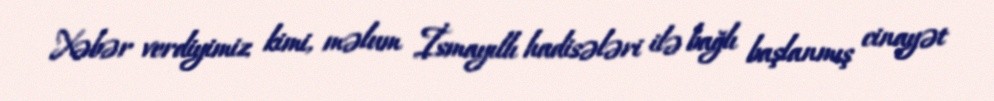
Xəbər verdiyimiz kimi, məlum İsmayıllı hadisələri ilə bağlı başlanmış cinayət